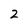
Character: 2